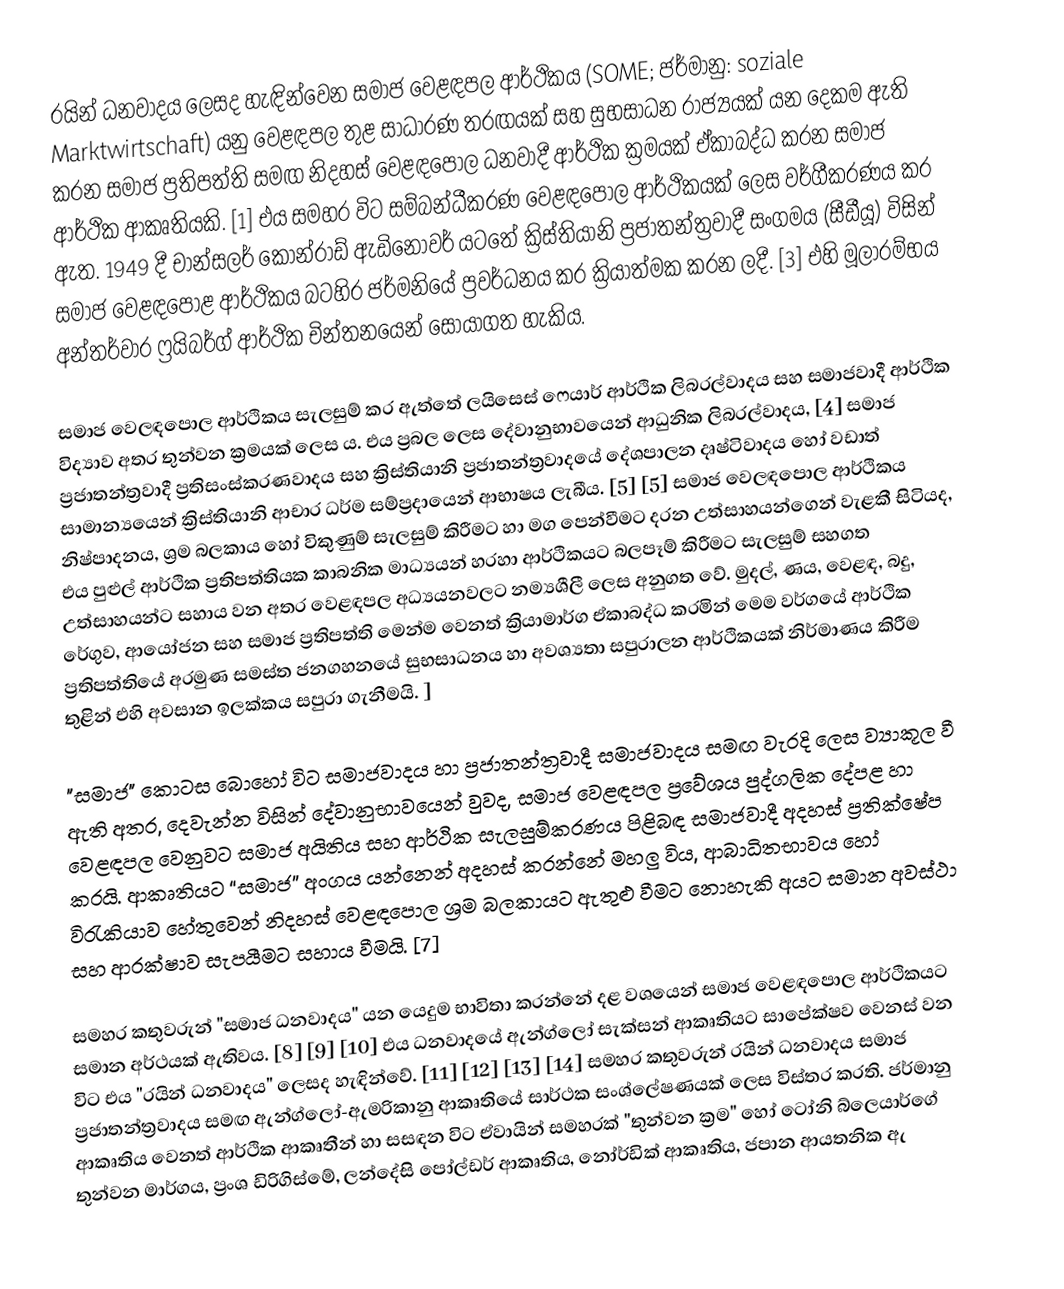
රයින් ධනවාදය ලෙසද හැඳින්වෙන සමාජ වෙළඳපල ආර්ථිකය (SOME; ජර්මානු: soziale Marktwirtschaft) යනු වෙළඳපල තුළ සාධාරණ තරඟයක් සහ සුභසාධන රාජ්‍යයක් යන දෙකම ඇති කරන සමාජ ප්‍රතිපත්ති සමඟ නිදහස් වෙළඳපොල ධනවාදී ආර්ථික ක්‍රමයක් ඒකාබද්ධ කරන සමාජ ආර්ථික ආකෘතියකි. [1]  එය සමහර විට සම්බන්ධීකරණ වෙළඳපොල ආර්ථිකයක් ලෙස වර්ගීකරණය කර ඇත.  1949 දී චාන්සලර් කොන්රාඩ් ඇඩිනෝවර් යටතේ ක්‍රිස්තියානි ප්‍රජාතන්ත්‍රවාදී සංගමය (සීඩීයූ) විසින් සමාජ වෙළඳපොළ ආර්ථිකය බටහිර ජර්මනියේ ප්‍රවර්ධනය කර ක්‍රියාත්මක කරන ලදී. [3]  එහි මූලාරම්භය අන්තර්වාර ෆ්‍රයිබර්ග් ආර්ථික චින්තනයෙන් සොයාගත හැකිය.

 සමාජ වෙලඳපොල ආර්ථිකය සැලසුම් කර ඇත්තේ ලයිසෙස් ෆෙයාර් ආර්ථික ලිබරල්වාදය සහ සමාජවාදී ආර්ථික විද්‍යාව අතර තුන්වන ක්‍රමයක් ලෙස ය.  එය ප්‍රබල ලෙස දේවානුභාවයෙන් ආධුනික ලිබරල්වාදය, [4] සමාජ ප්‍රජාතන්ත්‍රවාදී ප්‍රතිසංස්කරණවාදය සහ ක්‍රිස්තියානි ප්‍රජාතන්ත්‍රවාදයේ දේශපාලන දෘෂ්ටිවාදය හෝ වඩාත් සාමාන්‍යයෙන් ක්‍රිස්තියානි ආචාර ධර්ම සම්ප්‍රදායෙන් ආභාෂය ලැබීය. [5] [5]  සමාජ වෙලඳපොල ආර්ථිකය නිෂ්පාදනය, ශ්‍රම බලකාය හෝ විකුණුම් සැලසුම් කිරීමට හා මග පෙන්වීමට දරන උත්සාහයන්ගෙන් වැළකී සිටියද, එය පුළුල් ආර්ථික ප්‍රතිපත්තියක කාබනික මාධ්‍යයන් හරහා ආර්ථිකයට බලපෑම් කිරීමට සැලසුම් සහගත උත්සාහයන්ට සහාය වන අතර වෙළඳපල අධ්‍යයනවලට නම්‍යශීලී ලෙස අනුගත වේ.  මුදල්, ණය, වෙළඳ, බදු, රේගුව, ආයෝජන සහ සමාජ ප්‍රතිපත්ති මෙන්ම වෙනත් ක්‍රියාමාර්ග ඒකාබද්ධ කරමින් මෙම වර්ගයේ ආර්ථික ප්‍රතිපත්තියේ අරමුණ සමස්ත ජනගහනයේ සුභසාධනය හා අවශ්‍යතා සපුරාලන ආර්ථිකයක් නිර්මාණය කිරීම තුළින් එහි අවසාන ඉලක්කය සපුරා ගැනීමයි.  ]

 "සමාජ" කොටස බොහෝ විට සමාජවාදය හා ප්‍රජාතන්ත්‍රවාදී සමාජවාදය සමඟ වැරදි ලෙස ව්‍යාකූල වී ඇති අතර, දෙවැන්න විසින් දේවානුභාවයෙන් වුවද, සමාජ වෙළඳපල ප්‍රවේශය පුද්ගලික දේපළ හා වෙළඳපල වෙනුවට සමාජ අයිතිය සහ ආර්ථික සැලසුම්කරණය පිළිබඳ සමාජවාදී අදහස් ප්‍රතික්ෂේප කරයි.  ආකෘතියට “සමාජ” අංගය යන්නෙන් අදහස් කරන්නේ මහලු විය, ආබාධිතභාවය හෝ විරැකියාව හේතුවෙන් නිදහස් වෙළඳපොල ශ්‍රම බලකායට ඇතුළු වීමට නොහැකි අයට සමාන අවස්ථා සහ ආරක්ෂාව සැපයීමට සහාය වීමයි. [7]

 සමහර කතුවරුන් "සමාජ ධනවාදය" යන යෙදුම භාවිතා කරන්නේ දළ වශයෙන් සමාජ වෙළඳපොල ආර්ථිකයට සමාන අර්ථයක් ඇතිවය. [8] [9] [10]  එය ධනවාදයේ ඇන්ග්ලෝ සැක්සන් ආකෘතියට සාපේක්ෂව වෙනස් වන විට එය "රයින් ධනවාදය" ලෙසද හැඳින්වේ. [11] [12] [13] [14]  සමහර කතුවරුන් රයින් ධනවාදය සමාජ ප්‍රජාතන්ත්‍රවාදය සමඟ ඇන්ග්ලෝ-ඇමරිකානු ආකෘතියේ සාර්ථක සංශ්ලේෂණයක් ලෙස විස්තර කරති.  ජර්මානු ආකෘතිය වෙනත් ආර්ථික ආකෘතීන් හා සසඳන විට ඒවායින් සමහරක් "තුන්වන ක්‍රම" හෝ ටෝනි බ්ලෙයාර්ගේ තුන්වන මාර්ගය, ප්‍රංශ ඩිරිගිස්මේ, ලන්දේසි පෝල්ඩර් ආකෘතිය, නෝර්ඩික් ආකෘතිය, ජපාන ආයතනික ඇ